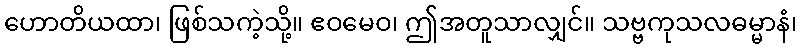
ဟောတိယထာ၊ ဖြစ်သကဲ့သို့။ ဧဝမေဝ၊ ဤအတူသာလျှင်။ သဗ္ဗကုသလဓမ္မာနံ၊